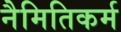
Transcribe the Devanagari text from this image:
नैमितिकर्म